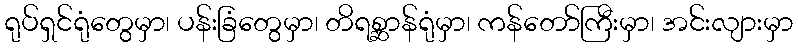
ရုပ်ရှင်ရုံတွေမှာ၊ ပန်းခြံတွေမှာ၊ တိရစ္ဆာန်ရုံမှာ၊ ကန်တော်ကြီးမှာ၊ အင်းလျားမှာ